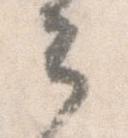
々